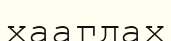
хаагдах